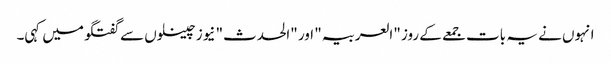
انہوں نے یہ بات جمعے کے روز "العربیہ" اور "الحدث" نیوز چینلوں سے گفتگو میں کہی۔